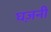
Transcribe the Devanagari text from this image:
घज़नी